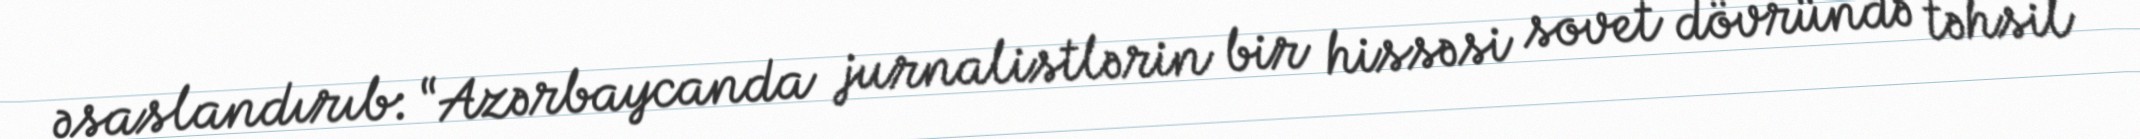
əsaslandırıb: “Azərbaycanda jurnalistlərin bir hissəsi sovet dövründə təhsil